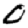
Digit: 0